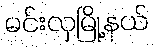
မင်းလှမြို့နယ်